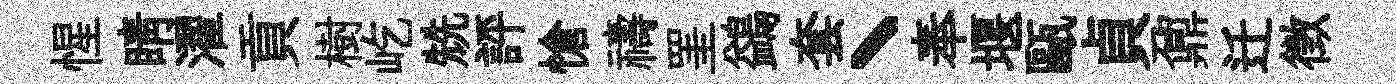
惺睛濯貢樹屹兟評愴禱罣鷁套丶奉堰甌貞鼐迁徴